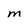
Character: M